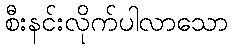
စီးနင်းလိုက်ပါလာသော